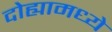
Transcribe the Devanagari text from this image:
दोह्यामध्ये